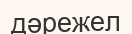
дәрежел